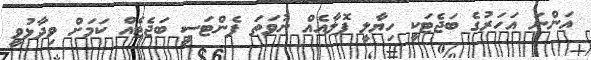
އަންނަ އަހަރުގެ ބަޖެޓަކީ ހިޔާލީ ފޮލާއެއް ނުވަތަ ފެންޓަސީ ބަޖެޓެއް ކަމަށް ވިދާޅުވީ